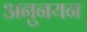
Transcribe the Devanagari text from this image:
अनुनयन